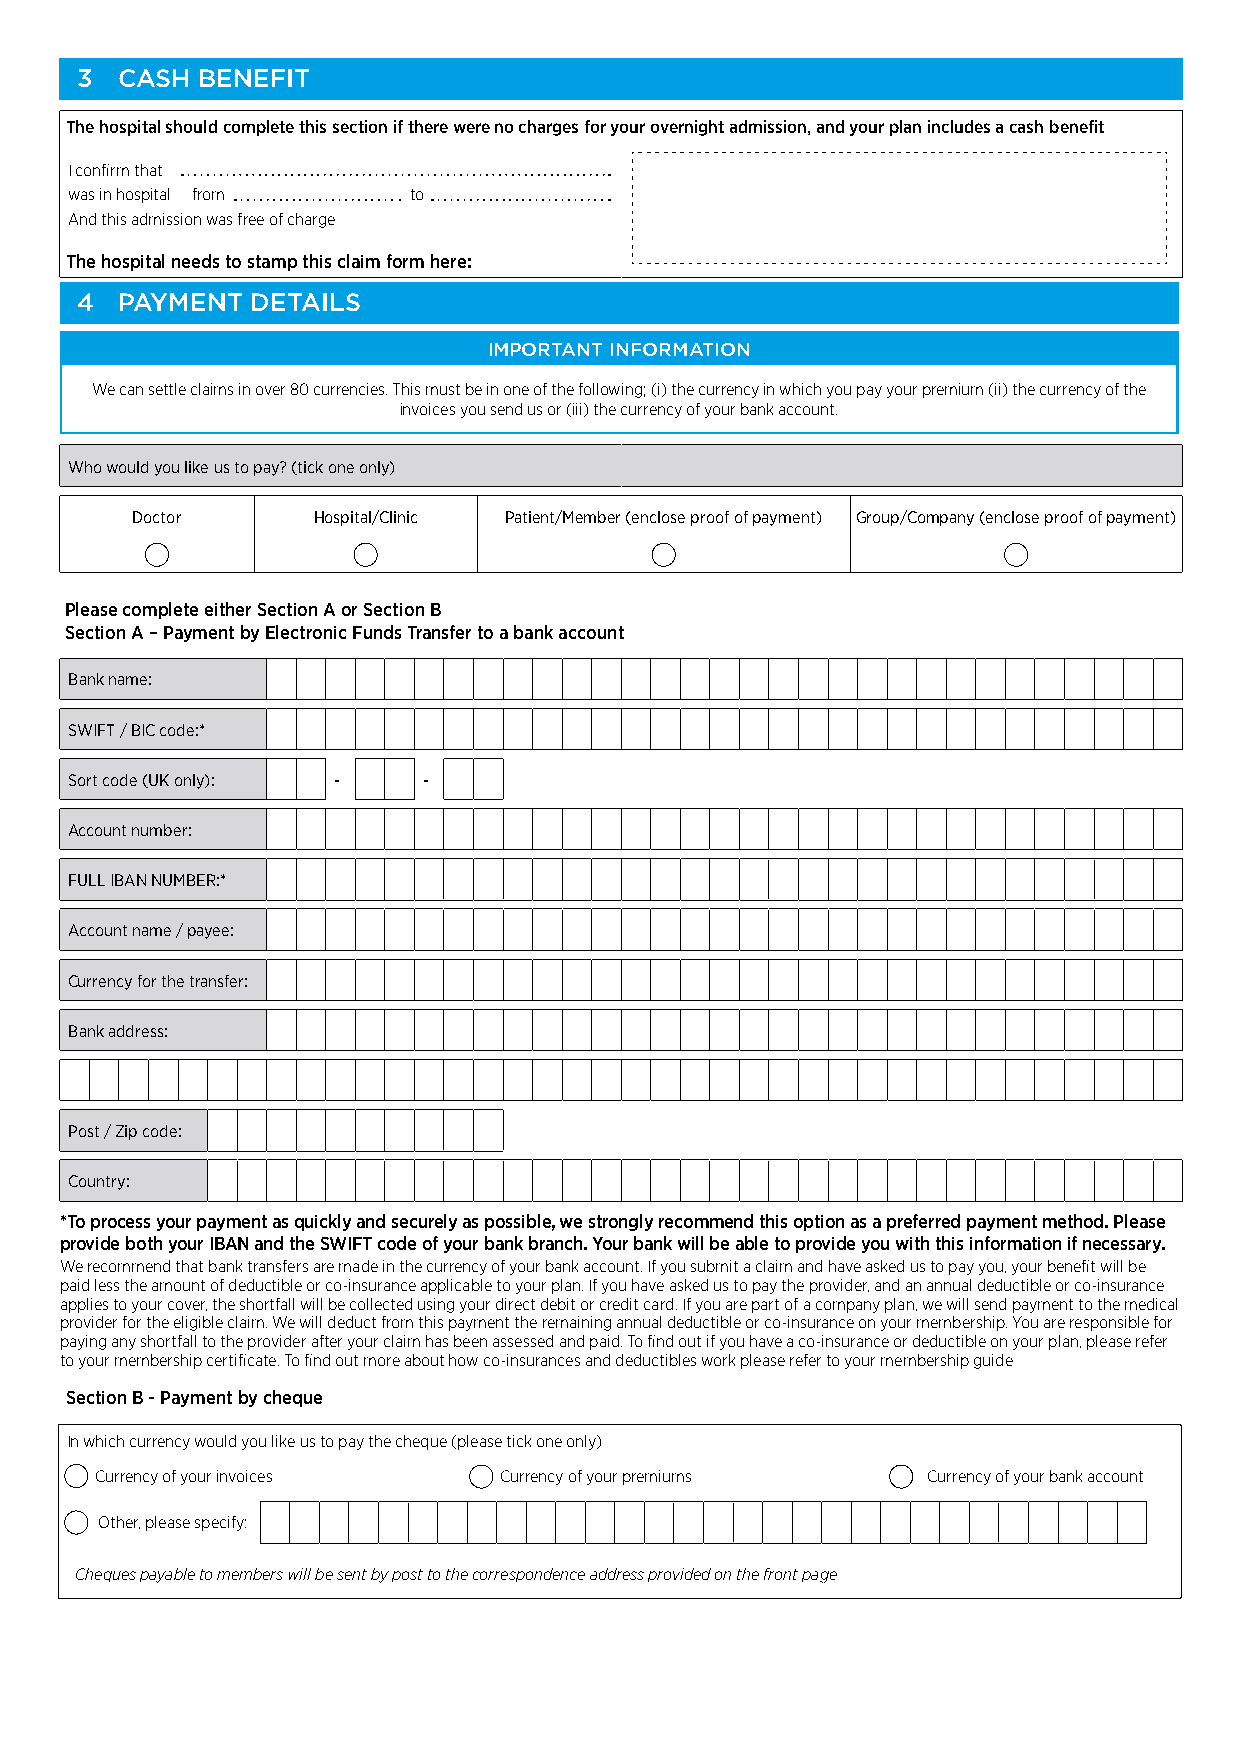
3  CASH BENEFIT
 The hospital should complete this section if there were no charges for your overnight admission, and your plan includes a cash benefit
 I confirm that
 was in hospital from  to
 And this admission was free of charge
 The hospital needs to stamp this claim form here:
 4  PAYMENT  DETAILS
 IMPORTANT INFORMATION
 We can settle claims in over 80 currencies. This must be in one of the following; (i) the currency in which you pay your premium (ii) the currency of the
 invoices you send us or (iii) the currency of your bank account.
 Who would you like us to pay? (tick one only)
 Doctor      Hospital/Clinic Patient/Member (enclose proof of payment) Group/Company (enclose proof of payment)
 Please complete either Section A or Section B
 Section A – Payment by Electronic Funds Transfer to a bank account
 Bank name:
 SWIFT / BIC code:*
 Sort code (UK only): - -
 Account number:
 FULL IBAN NUMBER:*
 Account name / payee:
 Currency for the transfer:
 Bank address:
 Post / Zip code:
 Country:
 *To process your payment as quickly and securely as possible, we strongly recommend this option as a preferred payment method. Please
 provide both your IBAN and the SWIFT code of your bank branch. Your bank will be able to provide you with this information if necessary.
 We recommend that bank transfers are made in the currency of your bank account. If you submit a claim and have asked us to pay you, your benefit will be
 paid less the amount of deductible or co-insurance applicable to your plan. If you have asked us to pay the provider, and an annual deductible or co-insurance
 applies to your cover, the shortfall will be collected using your direct debit or credit card. If you are part of a company plan, we will send payment to the medical
 provider for the eligible claim. We will deduct from this payment the remaining annual deductible or co-insurance on your membership. You are responsible for
 paying any shortfall to the provider after your claim has been assessed and paid. To find out if you have a co-insurance or deductible on your plan, please refer
 to your membership certificate. To find out more about how co-insurances and deductibles work please refer to your membership guide
 Section B - Payment by cheque
 In which currency would you like us to pay the cheque (please tick one only)
 Currency of your invoices  Currency of your premiums   Currency of your bank account
 Other, please specify:
 Cheques payable to members will be sent by post to the correspondence address provided on the front page